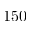
1 5 0